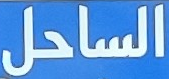
الساحل